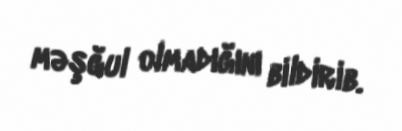
məşğul olmadığını bildirib.